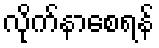
လိုက်နာစေရန်